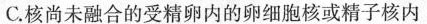
C.核尚未融合的受精卵内的卵细胞核或精子核内